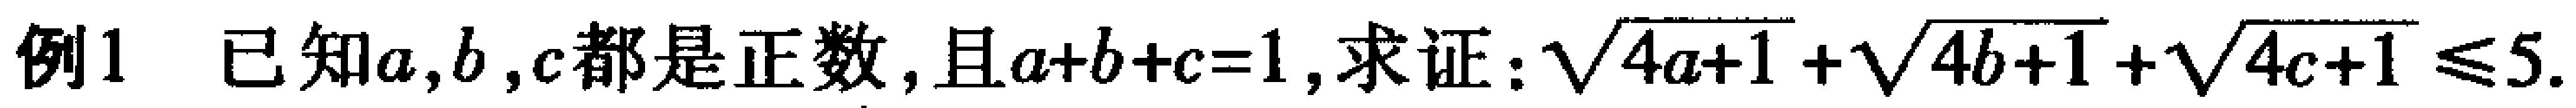
例1 已知\(a,b,c\)都是正数, 且\(a + b + c = 1\), 求证：\(\sqrt{4a + 1}+\sqrt{4b + 1}+\sqrt{4c + 1}\leq5\).